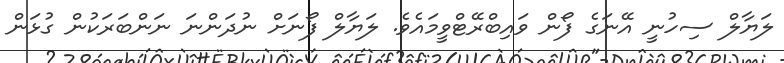
ލަޔާލް ސިހުނީ އޭނަގެ ފޯން ވައިބްރޭޓްވީމައެވެ. ލަޔާލް ފޯނަށް ނުދަންނަ ނަންބަރަކުން ގުޅަން